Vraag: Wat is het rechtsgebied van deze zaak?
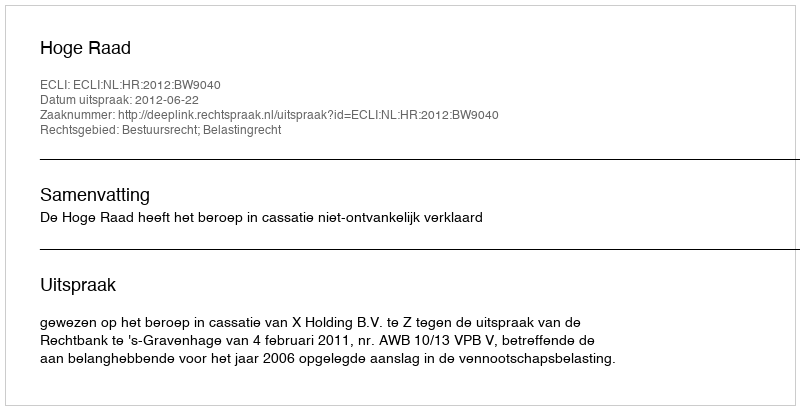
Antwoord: Bestuursrecht; Belastingrecht